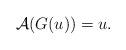
LaTeX: \begin{align*}\mathcal{A}(G(u)) = u.\end{align*}